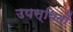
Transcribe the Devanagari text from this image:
उपस्थितों